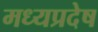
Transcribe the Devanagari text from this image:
मध्यप्रदेष